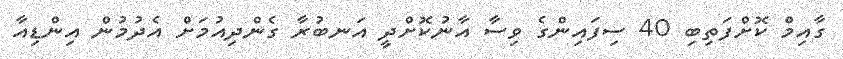
ގާއިމް ކޮށްފަތިބި 40 ސިފައިންގެ ވިސާ އާނުކޮށްދީ އަނބުރާ ގެންދިއުމަށް އެދުމުން އިންޑިއާ